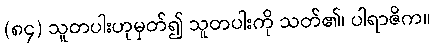
(၈၄) သူတပါးဟုမှတ်၍ သူတပါးကို သတ်၏၊ ပါရာဇိက။